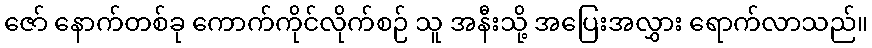
ဇော် နောက်တစ်ခု ကောက်ကိုင်လိုက်စဉ် သူ အနီးသို့ အပြေးအလွှား ရောက်လာသည်။